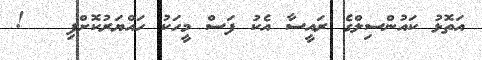
އަތޮޅު ކައުންސިލްގެ ރައީސާ އެކު ފަސް މީހަކު ހައްޔަރުކޮށްފި   !